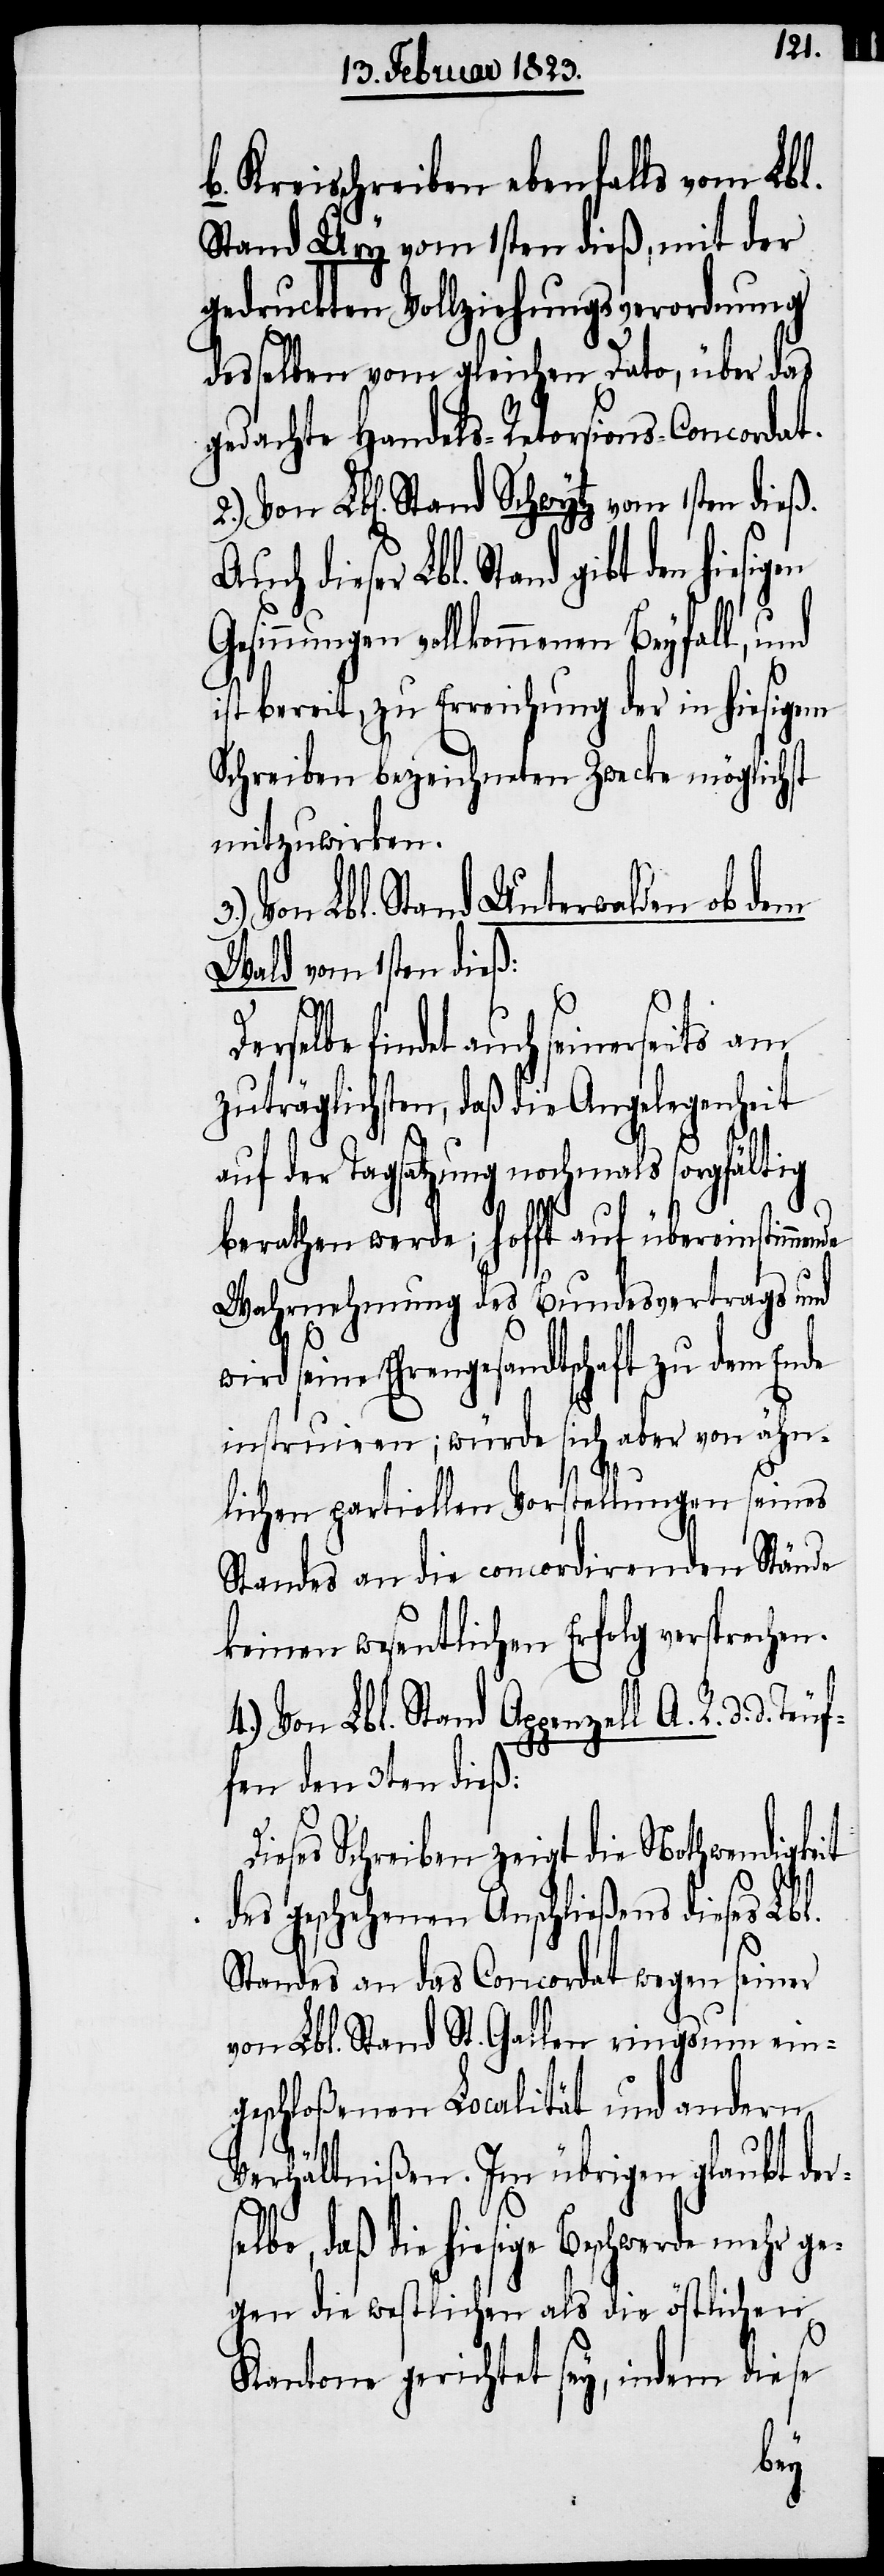
Kreisschreiben ebenfalls vom Lbl.
Stand Ury vom 1sten dieß, mit der
gedruckten Vollziehungsverordnung
desselben vom gleichen Dato, über das
gedachte Handels-Retorsions-Concordat.
Auch dieser Lbl. Stand gibt den hies¬
sinnungen vollkommenen Beyfall,
ist bereit, zu Erreichung der in hiesigem
Schreiben bezeichneten Zwecke möglichst
mitzuwirken.
Unterwalden ob dem
Von Lbl. Stand
Wald vom 1sten dieß:
3.)
Derselbe findet auch seinerseits am
zuträglichsten, daß die Angelegenheit
auf der Tagsatzung nochmals sorgfältig
berathen werde; hofft auf übereinstim¬
Wahrnehmung des Bundesvertrags und
wird seine Ehrengesandtschaft zu dem Ende
instruiren; würde sich aber von ähn¬
lichen partiellen Vorstellungen seines
Standes an die concordirenden Stände
keinen wesentlichen Erfolg versprechen.
4.) Von Lbl. Stand Appenzell A. R. d.
fen den 3ten dieß:
ieses Schreiben zeigt die Nothwendigkeit
s¬
des geschehenen Anschließens dieses Lbl.
Standes an das Concordat wegen seiner
von Lbl. Stand St. Gallen ringsum ein¬
geschloßenen Localität und andern
Verhältnißen. Im übrigen glaubt der¬
elbe, daß die hiesige Beschwerde mehr ge¬
gen die westlichen als die östlichen
Kantone gerichtet sey, indem diese
Teu¬